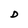
Character: D